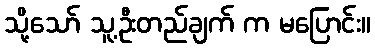
သို့သော် သူ့ဦးတည်ချက် က မပြောင်း။